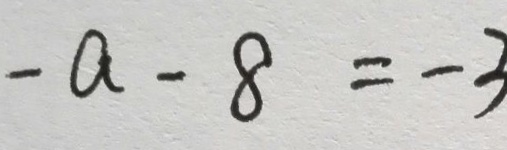
- a - 8 = - 3